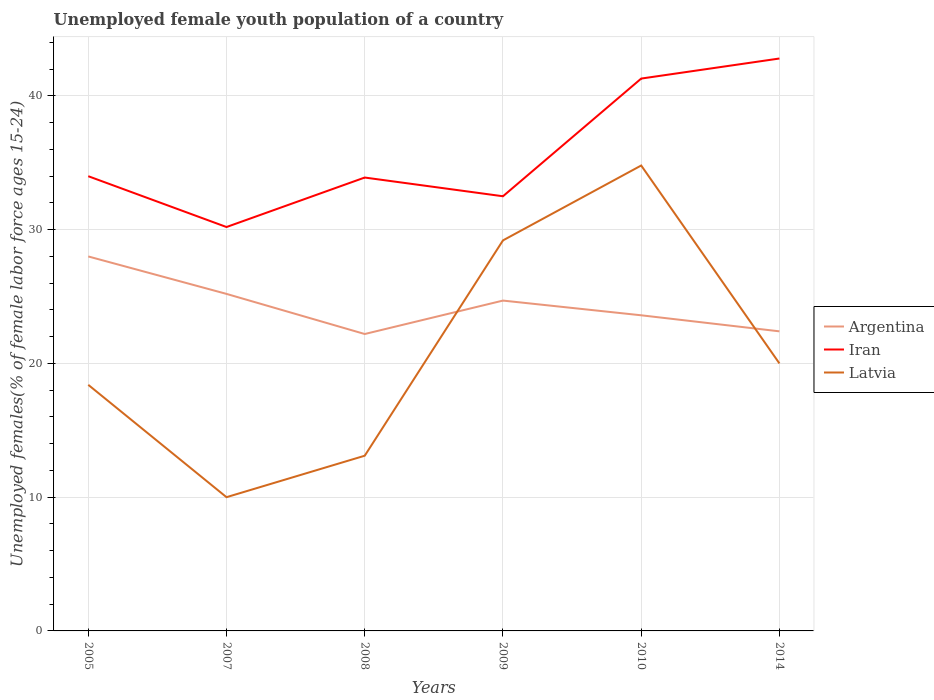
| Years | Argentina | Iran | Latvia |
 | --- | --- | --- | --- |
 | 2005 | 28 | 34 | 18.4 |
 | 2007 | 25.2 | 30.2 | 10 |
 | 2008 | 22.2 | 33.9 | 13.1 |
 | 2009 | 24.7 | 32.5 | 29.2 |
 | 2010 | 23.6 | 41.3 | 34.8 |
 | 2014 | 22.4 | 42.8 | 20 |